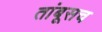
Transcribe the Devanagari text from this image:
तांबूसच